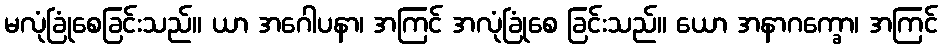
မလုံခြုံစေခြင်းသည်။ ယာ အဂေါပနာ၊ အကြင် အလုံခြုံစေ ခြင်းသည်။ ယော အနာဂက္ခော၊ အကြင်